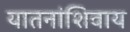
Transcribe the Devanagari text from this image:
यातनांशिवाय